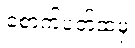
စောက်ပတ်ထဲမှ